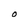
Character: O